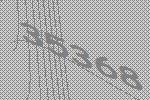
35368